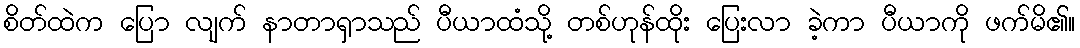
စိတ်ထဲက ပြော လျက် နာတာရှာသည် ပီယာထံသို့ တစ်ဟုန်ထိုး ပြေးလာ ခဲ့ကာ ပီယာကို ဖက်မိ၏။